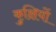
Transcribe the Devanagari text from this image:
कुक्षियों